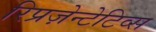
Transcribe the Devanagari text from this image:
रिप्रज़ेन्टेटिव्स